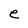
Character: e